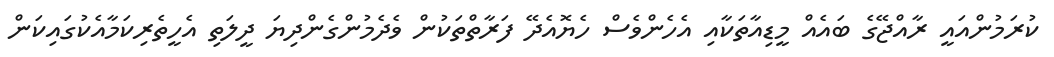
ކުރަމުންއައީ ރާއްޖޭގެ ބައެއް މީޑިއާތަކާއި އެހެންވެސް ހެޔޮއެދޭ ފަރާތްތަކުން ވެދެމުންގެންދިޔަ ދީލަތި އެހީތެރިކަމާއެކުގައިކަން